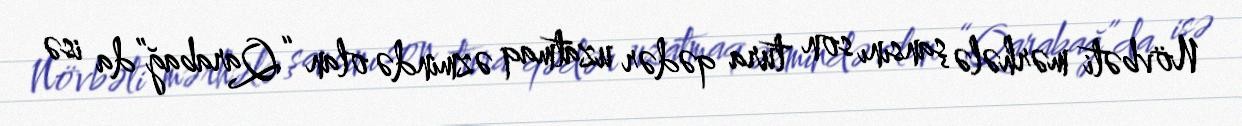
Növbəti mərhələ şansını son tura qədər uzatmaq əzmində olan “Qarabağ”da isə